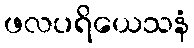
ဖလပရိယေသနံ